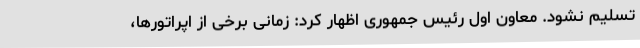
تسلیم نشود. معاون اول رئیس جمهوری اظهار کرد: زمانی برخی از اپراتورها،